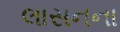
લાસનના